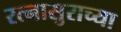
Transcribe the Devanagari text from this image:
रत्नासुराच्या